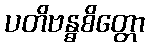
ပတိဗန္ဓစိတ္တော